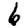
Digit: 6